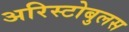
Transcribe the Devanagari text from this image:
अरिस्टोबुलस